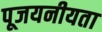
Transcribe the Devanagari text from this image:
पूजयनीयता